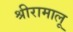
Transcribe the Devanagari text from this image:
श्रीरामालू